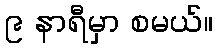
၉ နာရီမှာ စမယ်။